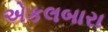
એકલબારા